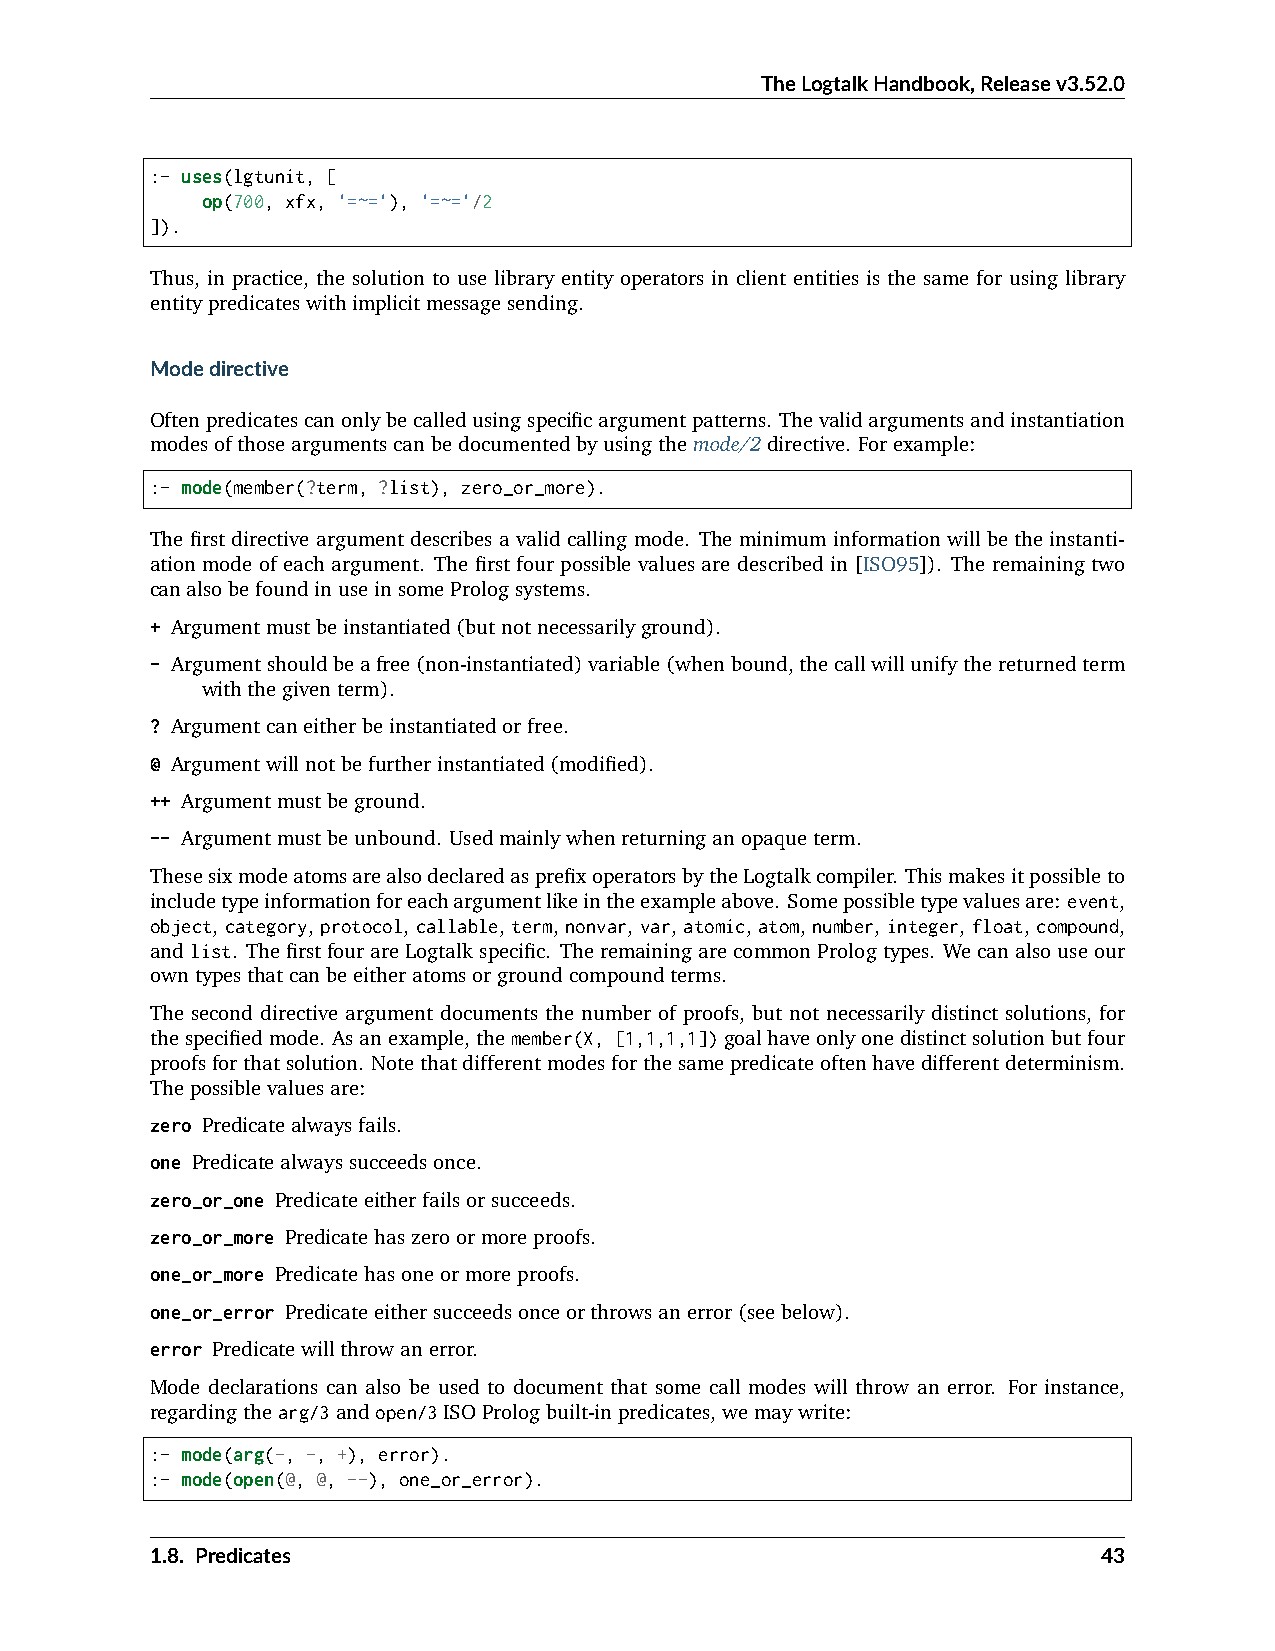
TheLogtalkHandbook,Releasev3.52.0
 :- uses(lgtunit, [
 op(700, xfx, '=~='), '=~='/2
 ]).
 Thus, in practice, the solution to use library entity operators in client entities is the same for using library
 entitypredicateswithimplicitmessagesending.
 Modedirective
 Oftenpredicatescanonlybecalledusingspecificargumentpatterns. Thevalidargumentsandinstantiation
 modesofthoseargumentscanbedocumentedbyusingthemode/2directive. Forexample:
 :- mode(member(?term, ?list), zero_or_more).
 The first directive argument describes a valid calling mode. The minimum information will be the instanti-
 ation mode of each argument. The first four possible values are described in [ISO95]). The remaining two
 canalsobefoundinuseinsomePrologsystems.
 + Argumentmustbeinstantiated(butnotnecessarilyground).
 - Argumentshouldbeafree(non-instantiated)variable(whenbound,thecallwillunifythereturnedterm
 withthegiventerm).
 ? Argumentcaneitherbeinstantiatedorfree.
 @ Argumentwillnotbefurtherinstantiated(modified).
 ++ Argumentmustbeground.
 -- Argumentmustbeunbound. Usedmainlywhenreturninganopaqueterm.
 ThesesixmodeatomsarealsodeclaredasprefixoperatorsbytheLogtalkcompiler. Thismakesitpossibleto
 includetypeinformationforeachargumentlikeintheexampleabove. Somepossibletypevaluesare: event,
 object, category, protocol, callable, term, nonvar, var, atomic, atom, number, integer, float, compound,
 andlist. ThefirstfourareLogtalkspecific. TheremainingarecommonPrologtypes. Wecanalsouseour
 owntypesthatcanbeeitheratomsorgroundcompoundterms.
 The second directive argument documents the number of proofs, but not necessarily distinct solutions, for
 thespecifiedmode. Asanexample,themember(X, [1,1,1,1])goalhaveonlyonedistinctsolutionbutfour
 proofsforthatsolution. Notethatdifferentmodesforthesamepredicateoftenhavedifferentdeterminism.
 Thepossiblevaluesare:
 zero Predicatealwaysfails.
 one Predicatealwayssucceedsonce.
 zero_or_one Predicateeitherfailsorsucceeds.
 zero_or_more Predicatehaszeroormoreproofs.
 one_or_more Predicatehasoneormoreproofs.
 one_or_error Predicateeithersucceedsonceorthrowsanerror(seebelow).
 error Predicatewillthrowanerror.
 Mode declarations can also be used to document that some call modes will throw an error. For instance,
 regardingthearg/3andopen/3ISOPrologbuilt-inpredicates,wemaywrite:
 :- mode(arg(-, -, +), error).
 :- mode(open(@, @, --), one_or_error).
 1.8. Predicates                                                43